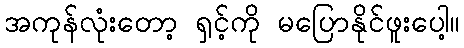
အကုန်လုံးတော့ ရှင့်ကို မပြောနိုင်ဖူးပေါ့။